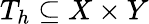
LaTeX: T_{h}\subseteq X\times Y